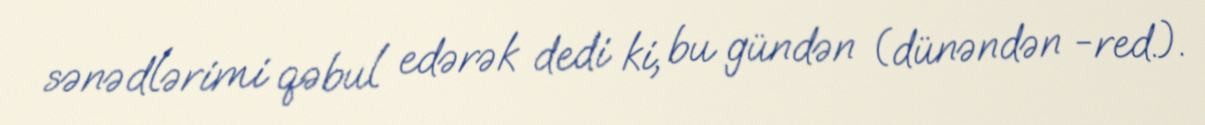
sənədlərimi qəbul edərək dedi ki, bu gündən (dünəndən -red.).